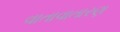
વાતાવાતારણ